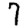
Digit: 7